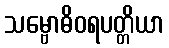
သမ္ဗောဓိဝရပတ္တိယာ